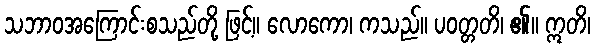
သဘာဝအကြောင်းစသည်တို့ ဖြင့်။ လောကော၊ ကသည်။ ပဝတ္တတိ၊ ၏။ ဣတိ၊